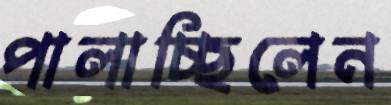
পালাচ্ছিলেন